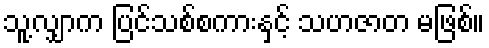
သူ့လျှာက ပြင်သစ်စကားနှင့် သဟဇာတ မဖြစ်။